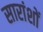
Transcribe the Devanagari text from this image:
सारांशों